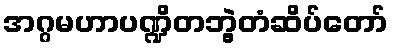
အဂ္ဂမဟာပဏ္ဍိတဘွဲ့တံဆိပ်တော်